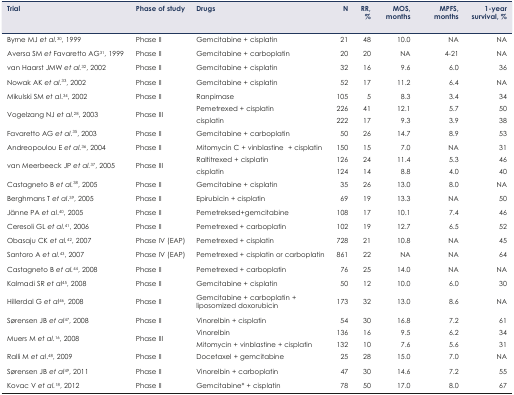
<table><thead><tr><td><b>Trial</b></td><td><b>Phase of study</b></td><td><b>Drugs</b></td><td><b>N</b></td><td><b>RR, %</b></td><td><b>MOS, months</b></td><td><b>MPFS, months</b></td><td><b>1-year survival, %</b></td></tr></thead><tbody><tr><td>Byrne MJ <i>et al.</i>30, 1999</td><td>Phase II</td><td>Gemcitabine + cisplatin</td><td>21</td><td>48</td><td>10.0</td><td>NA</td><td>NA</td></tr><tr><td>Aversa SM <i>et</i> Favaretto AG31, 1999</td><td>Phase II</td><td>Gemcitabine + carboplatin</td><td>20</td><td>20</td><td>NA</td><td>4–21</td><td>NA</td></tr><tr><td>van Haarst JMW <i>et al.</i>32, 2002</td><td>Phase II</td><td>Gemcitabine + cisplatin</td><td>32</td><td>16</td><td>9.6</td><td>6.0</td><td>36</td></tr><tr><td>Nowak AK <i>et al.</i>33, 2002</td><td>Phase II</td><td>Gemcitabine + cisplatin</td><td>52</td><td>17</td><td>11.2</td><td>6.4</td><td>NA</td></tr><tr><td>Mikulski SM <i>et al</i>.34, 2002</td><td>Phase II</td><td>Ranpirnase</td><td>105</td><td>5</td><td>8.3</td><td>3.4</td><td>34</td></tr><tr><td rowspan="2">Vogelzang NJ <i>et al.</i>28, 2003</td><td rowspan="2">Phase III</td><td>Pemetrexed + cisplatin</td><td>226</td><td>41</td><td>12.1</td><td>5.7</td><td>50</td></tr><tr><td>cisplatin</td><td>222</td><td>17</td><td>9.3</td><td>3.9</td><td>38</td></tr><tr><td>Favaretto AG <i>et al</i>.35, 2003</td><td>Phase II</td><td>Gemcitabine + carboplatin</td><td>50</td><td>26</td><td>14.7</td><td>8.9</td><td>53</td></tr><tr><td>Andreopoulou E <i>et al.</i>36, 2004</td><td>Phase II</td><td>Mitomycin C + vinblastine + cisplatin</td><td>150</td><td>15</td><td>7.0</td><td>NA</td><td>31</td></tr><tr><td rowspan="2">van Meerbeeck JP <i>et al.</i>37, 2005</td><td rowspan="2">Phase III</td><td>Raltitrexed + cisplatin</td><td>126</td><td>24</td><td>11.4</td><td>5.3</td><td>46</td></tr><tr><td>cisplatin</td><td>124</td><td>14</td><td>8.8</td><td>4.0</td><td>40</td></tr><tr><td>Castagneto B <i>et al.</i>38, 2005</td><td>Phase II</td><td>Gemcitabine + cisplatin</td><td>35</td><td>26</td><td>13.0</td><td>8.0</td><td>NA</td></tr><tr><td>Berghmans T <i>et al</i>.39, 2005</td><td>Phase II</td><td>Epirubicin + cisplatin</td><td>69</td><td>19</td><td>13.3</td><td>NA</td><td>50</td></tr><tr><td>Jänne PA <i>et al</i>.40, 2005</td><td>Phase II</td><td>Pemetreksed+gemcitabine</td><td>108</td><td>17</td><td>10.1</td><td>7.4</td><td>46</td></tr><tr><td>Ceresoli GL <i>et al.</i>41, 2006</td><td>Phase II</td><td>Pemetrexed + carboplatin</td><td>102</td><td>19</td><td>12.7</td><td>6.5</td><td>52</td></tr><tr><td>Obasaju CK <i>et al.</i>42, 2007</td><td>Phase IV (EAP)</td><td>Pemetrexed + cisplatin</td><td>728</td><td>21</td><td>10.8</td><td>NA</td><td>45</td></tr><tr><td>Santoro A <i>et al.</i>43, 2007</td><td>Phase IV (EAP)</td><td>Pemetrexed + cisplatin or carboplatin</td><td>861</td><td>22</td><td>NA</td><td>NA</td><td>64</td></tr><tr><td>Castagneto B <i>et al.</i>44, 2008</td><td>Phase II</td><td>Pemetrexed + carboplatin</td><td>76</td><td>25</td><td>14.0</td><td>NA</td><td>NA</td></tr><tr><td>Kalmadi SR <i>et al</i>45, 2008</td><td>Phase II</td><td>Gemcitabine + cisplatin</td><td>50</td><td>12</td><td>10.0</td><td>6.0</td><td>30</td></tr><tr><td rowspan="2">Hillerdal G <i>et al</i>46, 2008</td><td rowspan="2">Phase II</td><td>Gemcitabine + carboplatin +</td><td rowspan="2">173</td><td rowspan="2">32</td><td rowspan="2">13.0</td><td rowspan="2">8.6</td><td rowspan="2">NA</td></tr><tr><td>liposomized doxorubicin</td></tr><tr><td>Sørensen JB <i>et al</i>47, 2008</td><td>Phase II</td><td>Vinorelbin + cisplatin</td><td>54</td><td>30</td><td>16.8</td><td>7.2</td><td>61</td></tr><tr><td rowspan="2">Muers M <i>et al.</i>16, 2008</td><td rowspan="2">Phase III</td><td>Vinorelbin</td><td>136</td><td>16</td><td>9.5</td><td>6.2</td><td>34</td></tr><tr><td>Mitomycin + vinblastine + cisplatin</td><td>132</td><td>10</td><td>7.6</td><td>5.6</td><td>31</td></tr><tr><td>Ralli M <i>et al</i>.48, 2009</td><td>Phase II</td><td>Docetaxel + gemcitabine</td><td>25</td><td>28</td><td>15.0</td><td>7.0</td><td>NA</td></tr><tr><td>Sørensen JB <i>et al</i>49, 2011</td><td>Phase II</td><td>Vinorelbin + carboplatin</td><td>47</td><td>30</td><td>14.6</td><td>7.2</td><td>55</td></tr><tr><td>Kovac V <i>et al.</i>18, 2012</td><td>Phase II</td><td>Gemcitabine<sup>*</sup> + cisplatin</td><td>78</td><td>50</td><td>17.0</td><td>8.0</td><td>67</td></tr></tbody></table>